Annual report on the Civil Veterinary Department, Burma (including the Insein Veterinary School) - 1932-1941
Year: 1932
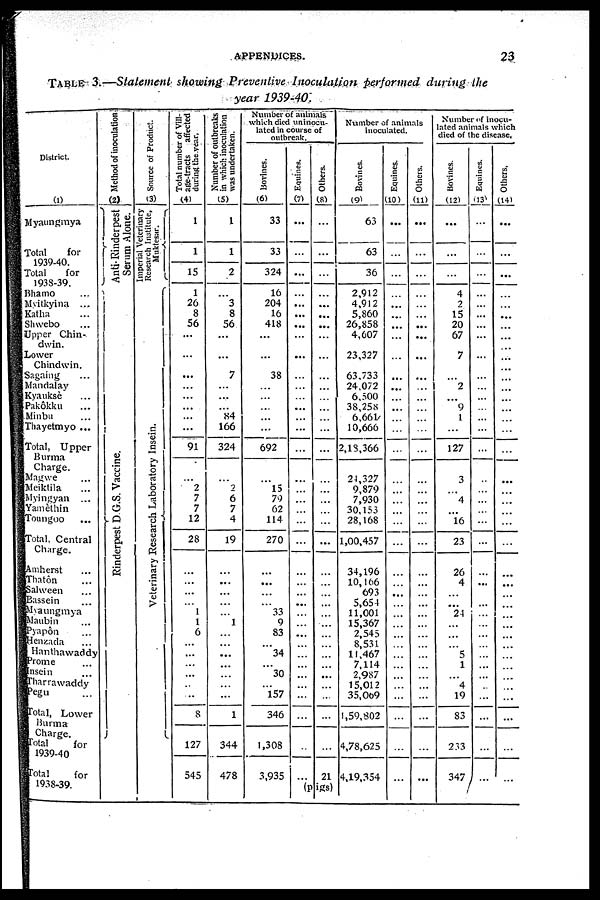
APPENDICES.
23
TABLE 3.—Statement showing Preventive Inoculation performed during the
year 1939-40.
District.
(1)
Myaungmya
Total
for
1939-40.
Total
for
1938-39.
Bhamo ...
Mutkyina ...
Katha ...
Shwebo ...
Upper Chin-
dwin.
Lower
Chindwin.
Sagaing ...
Mandalay
Kyanksè ...
Pakôkku ...
Minbu ...
Thayetmyo ...
Total, Upper
Burma
Charge.
Magwe ...
Meiktila ...
Myingyan ...
Yamèthin
Toungoo ...
Total, Central
Charge
Amherst ...
Thatôn ...
Salween ...
Bassein ...
Myungmya
Maubin ...
Pyapon ...
Henzada ...
Hanthawaddy
Prome ...
Insein ...
Tharrawaddy
Pegu ...
Total, Lower
Burma
Charge.
Total
for
1939-40
Total
for
1938-39.
Method of inoculation
( 2)
Anti-Rinderpest
Serum Alone.
Rinderpest D G.S. Vaccine.
Source of Product.
(3)
Imperial Veterinary
Research Institute,
Muktesar.
Veterinary Research Laboratory Insein.
Total number of Vill-
age-tracts affected
during the year.
(4)
1
1
15
1
26
8
56
...
...
...
...
...
...
...
...
91
...
2
7
7
12
28
...
...
...
...
I
1
6
...
...
...
...
...
...
8
127
545
Number of outbreaks
in which inoculation
was undertaken.
(5)
1
1
2
...
3
8
56
...
...
7
...
...
...
84
166
324
...
2
6
7
4
19
...
...
...
...
... 1
...
...
...
...
...
...
...
1
...
...
344
478
Number of animals
which died uninocu-
lated in course of
outbreak.
Bovines.
(6)
33
33
324
16
204
16
418
...
...
38
...
...
...
...
...
692
...
15
79
62
114
270
...
...
...
...
33
9
83
...
34
...
30
...
157
346
...
...
1,308
3,935
Equines.
(7)
...
...
...
...
...
...
...
...
...
...
...
...
...
...
...
...
...
...
...
...
...
...
...
...
...
...
...
...
...
...
...
...
...
...
...
...
...
...
Others.
(8)
...
...
...
...
...
...
...
...
...
...
...
...
...
...
...
...
...
...
...
...
...
...
...
...
...
...
...
...
...
...
...
...
...
...
...
...
...
...
21
(pigs)
Number of animals
inoculated.
Bovines.
(9)
63
63
36
2,912
4,912
5,860
26,858
4,607
23,327
63,733
24,072
6,500
38,25s
6,661
10,666
2,18,366
21,327
9,879
7,930
30,153
28,168
1,00,457
34,196
10,166
693
5,654
11,001
15,367
2,545
8,531
11,467
7,114
2,987
15,012
35,009
1,59,802
4,78,625
4,19,354
Equines.
(10)
...
...
...
...
...
...
...
...
...
...
...
...
...
...
...
...
...
...
...
...
...
...
...
...
...
...
...
...
...
...
...
...
...
...
...
...
...
...
Others.
(11)
...
...
...
...
...
...
...
...
...
...
... 1
...
...
...
...
...
...
...
...
...
...
...
...
...
...
...
...
...
...
...
...
...
...
...
...
...
...
...
Number of inocu-
lated animals which
died of the disease.
Bovines.
(12)
...
...
...
4
2
15
20
67
7
2
9
1
127
3
...
4
...
16
23
26
4
...
...
24
...
...
...
5
1
...
4
19
83
253
347
Equines.
(13)
...
...
...
...
...
...
...
...
...
...
...
...
...
...
...
...
...
...
...
...
...
...
...
...
...
...
...
...
...
...
...
...
...
...
...
...
...
Others,
(14)
...
...
...
...
...
...
...
...
...
...
...
...
...
...
...
...
...
...
...
...
...
...
...
...
...
...
...
...
...
...
...
...
...
...
...
...
...